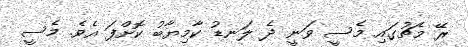
ރޭ މެޗުގައި މެސީ ވަނީ ދެ ލަނޑު ކާމިޔާބު ކޮށްފަ އެވެ. މެސީ